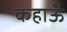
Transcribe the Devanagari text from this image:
कहाऊँ